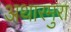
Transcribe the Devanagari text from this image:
अथारमुरा